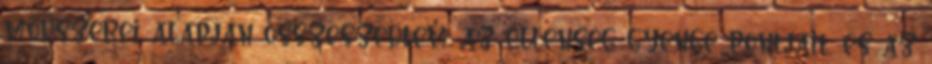
módszerei alapján összeszedtem az ellenség gyenge pontjait, és az